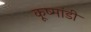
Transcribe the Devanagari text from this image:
कूष्मांडी